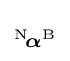
\scriptstyle {{}^{\mathrm {N} }\!{\boldsymbol {\alpha }}^{\mathrm {B} }}